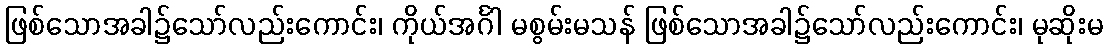
ဖြစ်သောအခါ၌သော်လည်းကောင်း၊ ကိုယ်အင်္ဂါ မစွမ်းမသန် ဖြစ်သောအခါ၌သော်လည်းကောင်း၊ မုဆိုးမ